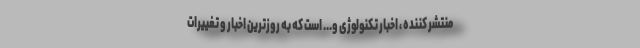
منتشر کننده ، اخبار تکنولوژی و... است که به روزترین اخبار و تغییرات